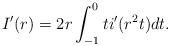
LaTeX: \begin{align*}I'(r)= 2r \int_{-1}^0 t i'(r^2 t) dt.\end{align*}